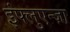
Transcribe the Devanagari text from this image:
इंफ्लुएन्ज़ा